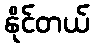
နိုင်တယ်